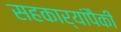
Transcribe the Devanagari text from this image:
सहकार्‍यांपैकी